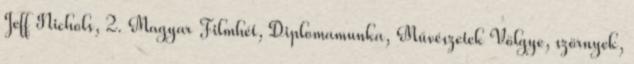
Jeff Nichols, 2. Magyar Filmhét, Diplomamunka, Művészetek Völgye, szörnyek,